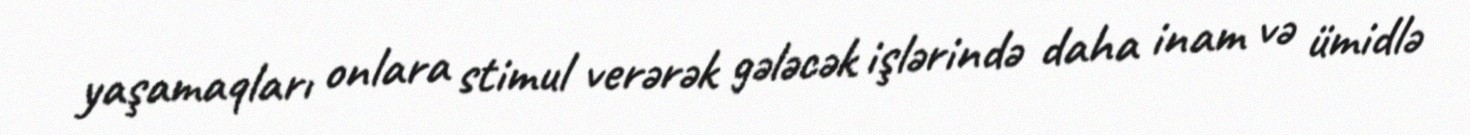
yaşamaqları onlara stimul verərək gələcək işlərində daha inam və ümidlə